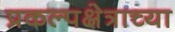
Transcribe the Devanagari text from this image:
प्रकल्पक्षेत्राच्या